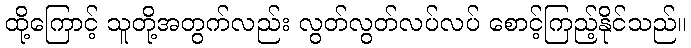
ထို့ကြောင့် သူတို့အတွက်လည်း လွတ်လွတ်လပ်လပ် စောင့်ကြည့်နိုင်သည်။